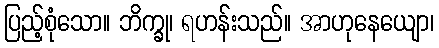
ပြည့်စုံသော။ ဘိက္ခု၊ ရဟန်းသည်။ အာဟုနေယျော၊